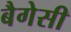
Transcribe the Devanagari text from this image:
बैगेसी